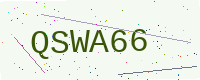
Text: QSWA66